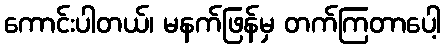
ကောင်းပါတယ်၊ မနက်ဖြန်မှ တက်ကြတာပေါ့